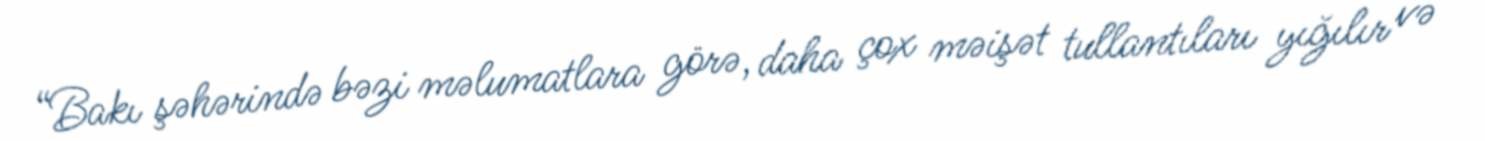
“Bakı şəhərində bəzi məlumatlara görə, daha çox məişət tullantıları yığılır və